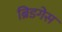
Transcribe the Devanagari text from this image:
ब्रिडगेस